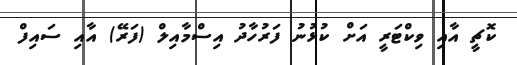
ކޮޗީ އާއި ވިކްޓަރީ އަށް ކުޅުނު ފަރުހާދު އިސްމާއިލް (ފަރޭ) އާއި ސައިފް